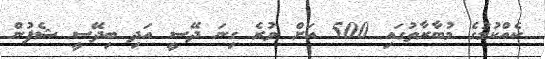
ކެއްކުމުގެ މުބާރާތުގައި 500 އަށް ވުރެ ގިނަ ދޭސީ އަދި ބިދޭސީ ޝެފުން